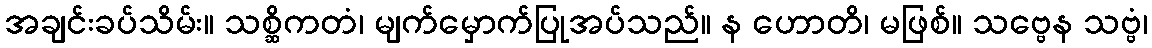
အချင်းခပ်သိမ်း။ သစ္ဆိကတံ၊ မျက်မှောက်ပြုအပ်သည်။ န ဟောတိ၊ မဖြစ်။ သဗ္ဗေန သဗ္ဗံ၊